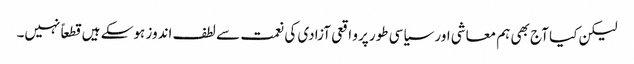
لیکن کیا آج بھی ہم معاشی اور سیاسی طور پرو اقعی آزادی کی نعمت سے لطف اندوز ہوسکے ہیں قطعاً نہیں۔